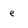
Character: e